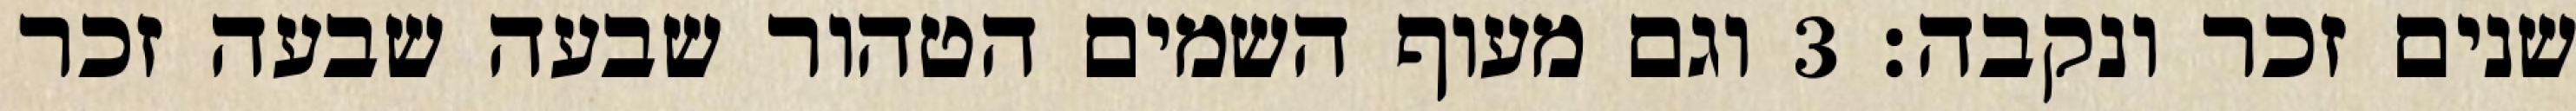
שנים זכר ונקבה׃ ‎3‏ וגם מעוף השמים הטהור שבעה שבעה זכר